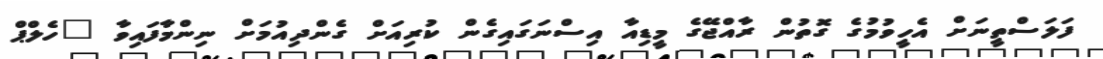
ފަލަސްތީނަށް އެހީވުމުގެ ގޮތުން ރާއްޖޭގެ މީޑިއާ އިސްނަގައިގެން ކުރިއަށް ގެންދިއުމަށް ނިންމާފައިވާ "ހެލްޕް